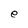
Character: e